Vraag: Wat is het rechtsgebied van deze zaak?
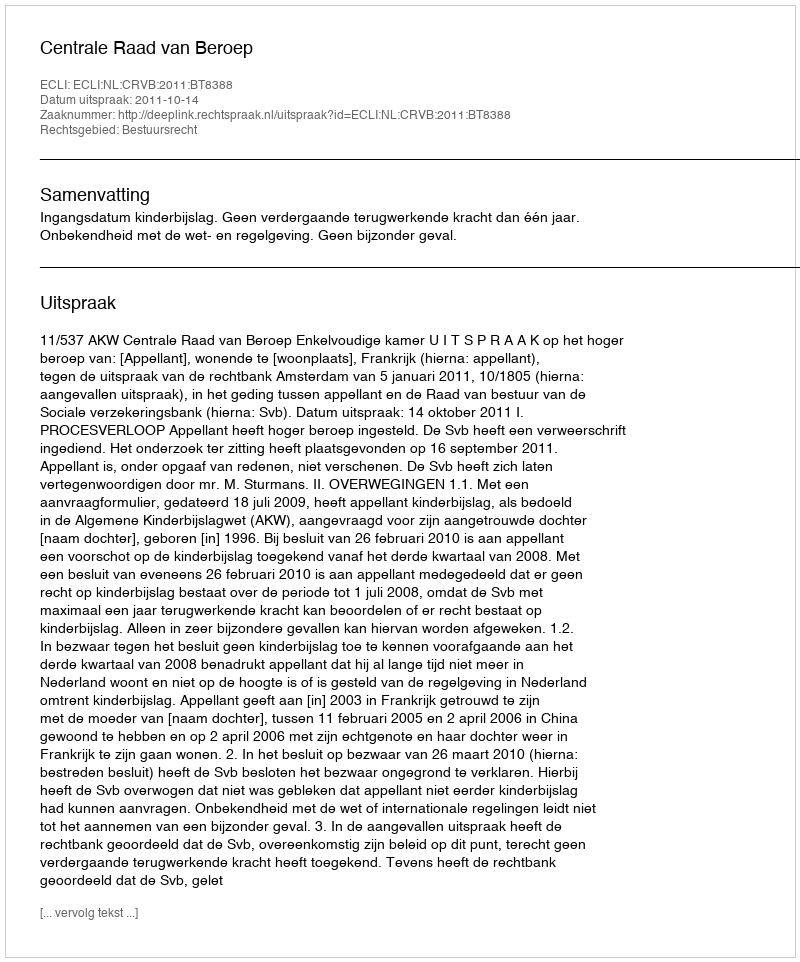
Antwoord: Bestuursrecht